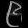
Digit: ၉